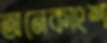
অনেকাংশ